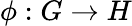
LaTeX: \phi:G\to H